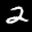
Label: 2